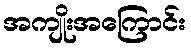
အကျိုးအကြောင်း